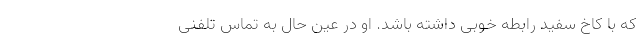
که با کاخ سفید رابطه خوبی داشته باشد. او در عین حال به تماس تلفنی